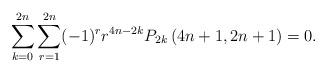
LaTeX: \begin{align*}\sum_{k=0}^{2n} \sum_{r=1}^{2n} (-1)^r r^{4n-2k} P_{2k}\left(4n+1, 2n+1\right) = 0.\end{align*}